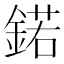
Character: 鍩